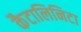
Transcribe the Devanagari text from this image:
कैटालिनिटा